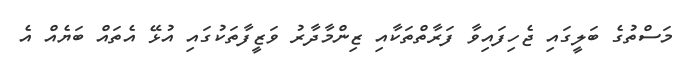
މަސްތުގެ ބަލީގައި ޖެހިފައިވާ ފަރާތްތަކާއި ޒިންމާދާރު ވަޒީފާތަކުގައި އުޅޭ އެތައް ބަޔެއް އެ